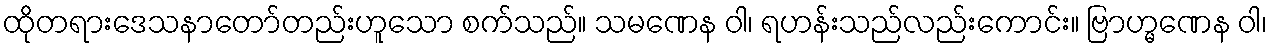
ထိုတရားဒေသနာတော်တည်းဟူသော စက်သည်။ သမဏေန ဝါ၊ ရဟန်းသည်လည်းကောင်း။ ဗြာဟ္မဏေန ဝါ၊